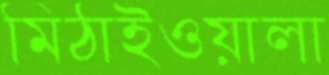
মিঠাইওয়ালা